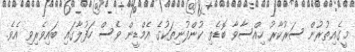
މީގެއިތުރުން ސަރުކާރު ހިއްސާވާ ބޮޑެތި ކުންފުނިތަކުގެ އެމްޑީން ވެސް ހަފުލާގައި ބައިވެރިވި އެވެ.